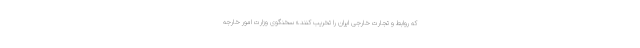
که روابط و تجارت خارجی ایران را تخریب کنند.» سخنگوی وزارت امور خارجه